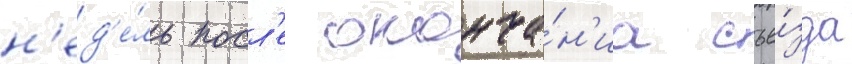
н'ед'е́ль посл'е оконча́н'иа съе́зда